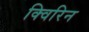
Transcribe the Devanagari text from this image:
क्विरिन